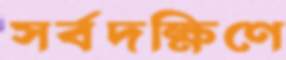
সর্বদক্ষিণে